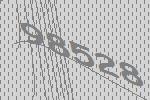
98528